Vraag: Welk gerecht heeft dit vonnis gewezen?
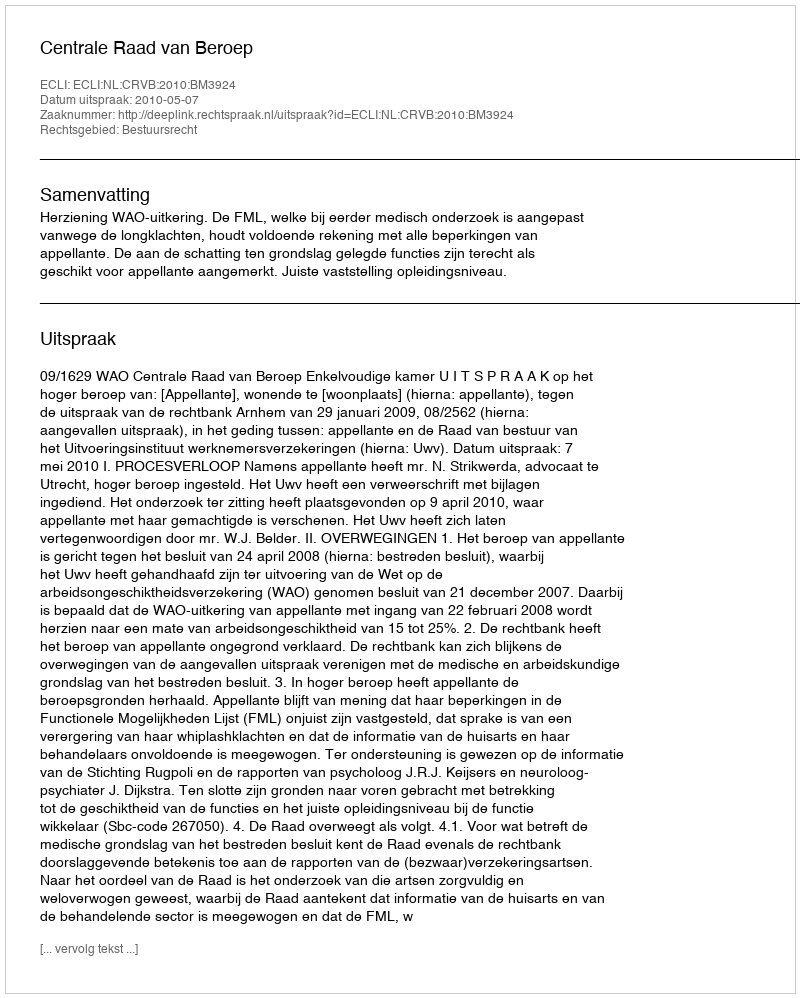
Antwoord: Centrale Raad van Beroep